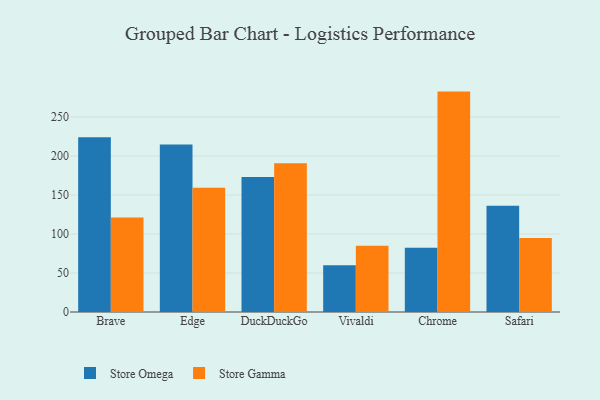
{"axis": {"x": "Browser", "y": "Page Views"}, "legend": ["Store Gamma", "Store Omega"], "data": [{"x": "Brave", "y": 224.1, "type": "Store Omega"}, {"x": "Brave", "y": 121.0, "type": "Store Gamma"}, {"x": "Edge", "y": 214.6, "type": "Store Omega"}, {"x": "Edge", "y": 159.2, "type": "Store Gamma"}, {"x": "DuckDuckGo", "y": 173.0, "type": "Store Omega"}, {"x": "DuckDuckGo", "y": 190.8, "type": "Store Gamma"}, {"x": "Vivaldi", "y": 59.9, "type": "Store Omega"}, {"x": "Vivaldi", "y": 84.9, "type": "Store Gamma"}, {"x": "Chrome", "y": 82.5, "type": "Store Omega"}, {"x": "Chrome", "y": 282.5, "type": "Store Gamma"}, {"x": "Safari", "y": 136.3, "type": "Store Omega"}, {"x": "Safari", "y": 95.0, "type": "Store Gamma"}]}